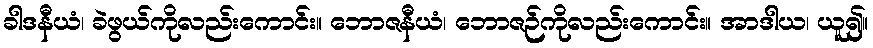
ခါဒနီယံ၊ ခဲဖွယ်ကိုလည်းကောင်း။ ဘောဇနီယံ၊ ဘောဇဉ်ကိုလည်းကောင်း။ အာဒါယ၊ ယူ၍။